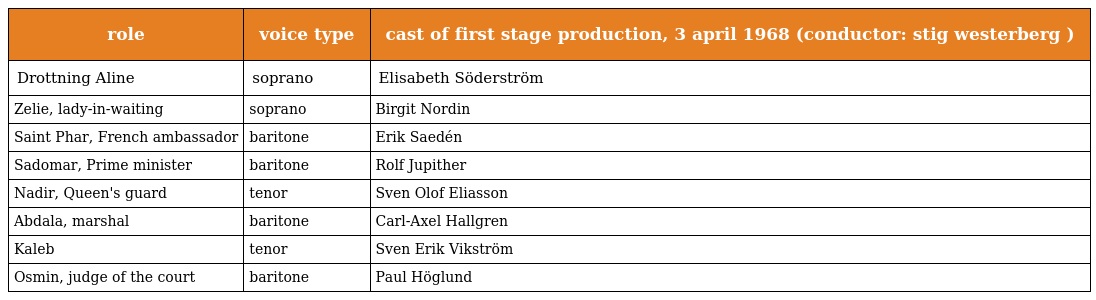
| role | voice type | cast of first stage production, 3 april 1968 (conductor: stig westerberg ) |
 | --- | --- | --- |
 | Drottning Aline | soprano | Elisabeth Söderström |
 | Zelie, lady-in-waiting | soprano | Birgit Nordin |
 | Saint Phar, French ambassador | baritone | Erik Saedén |
 | Sadomar, Prime minister | baritone | Rolf Jupither |
 | Nadir, Queen's guard | tenor | Sven Olof Eliasson |
 | Abdala, marshal | baritone | Carl-Axel Hallgren |
 | Kaleb | tenor | Sven Erik Vikström |
 | Osmin, judge of the court | baritone | Paul Höglund |